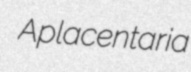
Aplacentaria